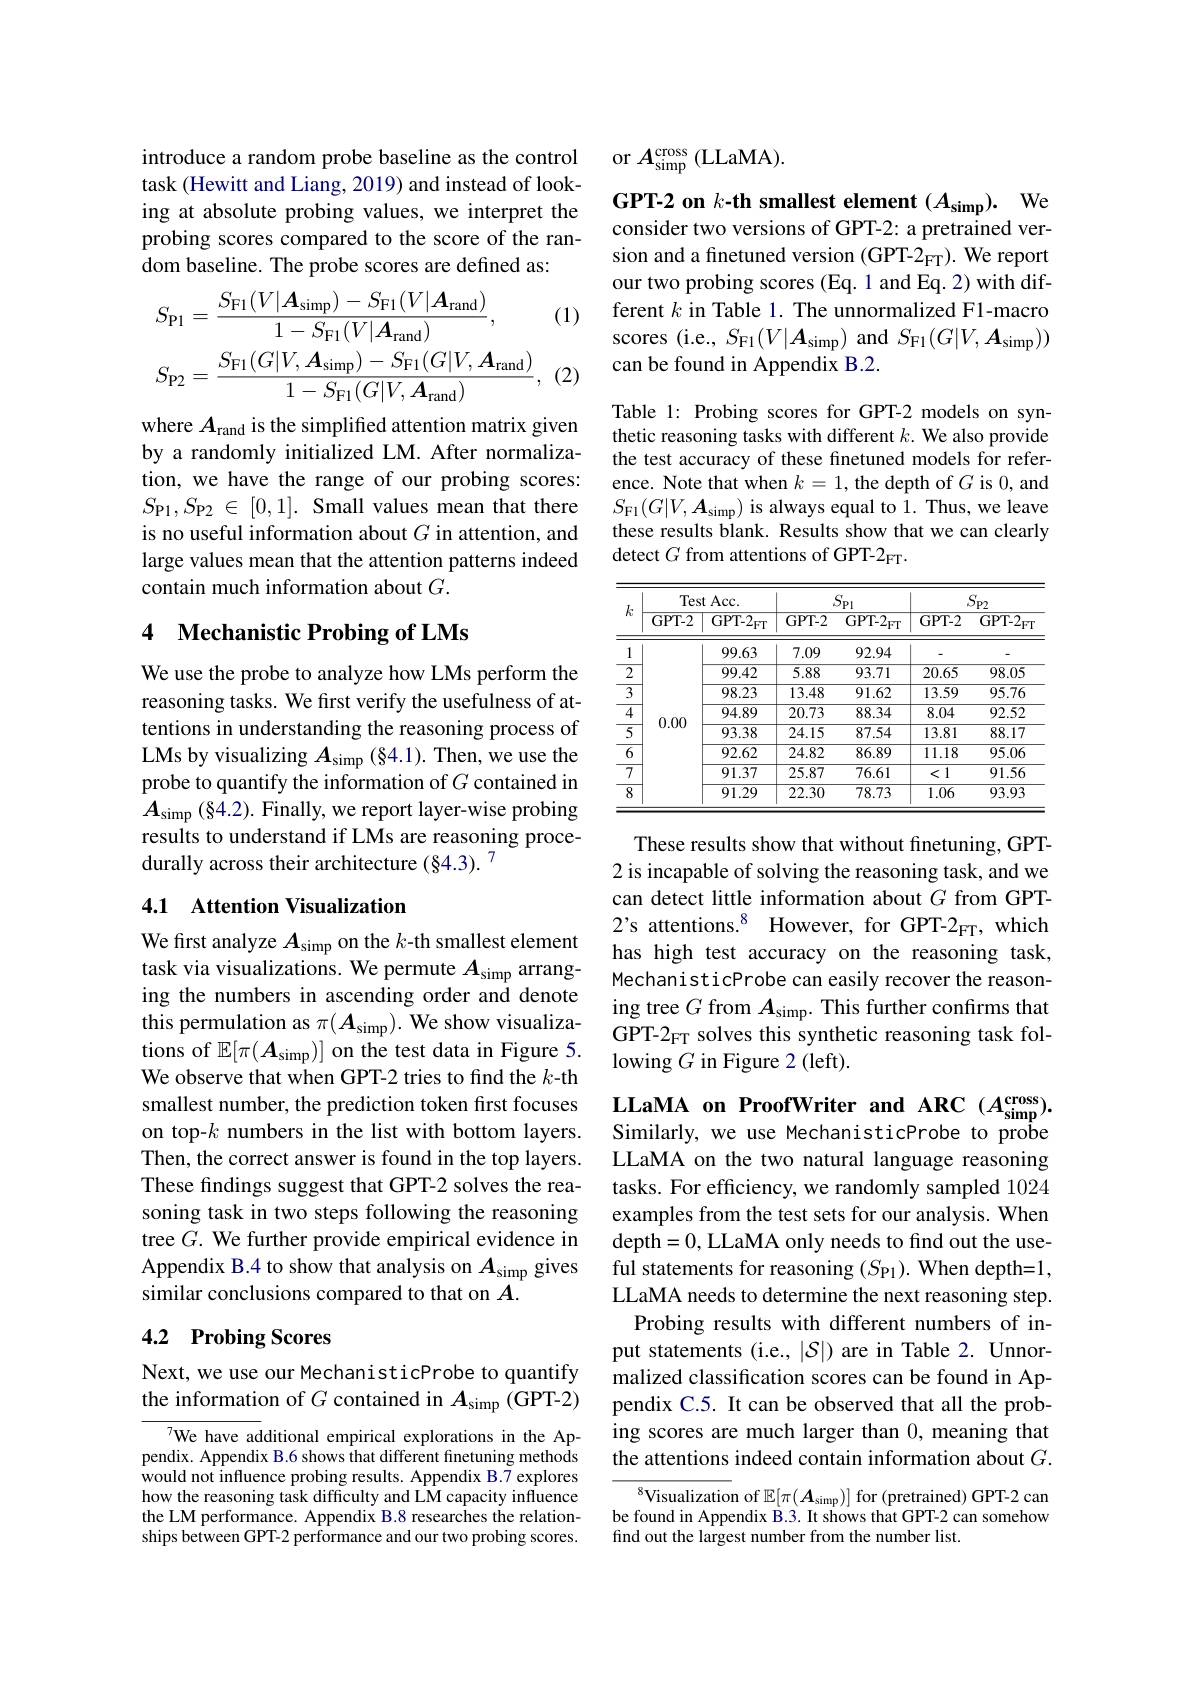
introduce a random probe baseline as the control task (Hewitt and Liang, 2019) and instead of looking at absolute probing values, we interpret the probing scores compared to the score of the random baseline. The probe scores are defined as:

(1)
$$\begin{aligned}&S_{\mathrm{P1}}=\frac{S_{\mathrm{F1}}(V|\boldsymbol{A}_{\mathrm{simp}})-S_{\mathrm{F1}}(V|\boldsymbol{A}_{\mathrm{rand}})}{1-S_{\mathrm{F1}}(V|\boldsymbol{A}_{\mathrm{rand}})},\\&S_{\mathrm{P2}}=\frac{S_{\mathrm{F1}}(G|V,\boldsymbol{A}_{\mathrm{simp}})-S_{\mathrm{F1}}(G|V,\boldsymbol{A}_{\mathrm{rand}})}{1-S_{\mathrm{F1}}(G|V,\boldsymbol{A}_{\mathrm{rand}})},\\\end{aligned}$$
(2)

where $A_\mathrm{rand}$ is the simplified attention matrix given by a randomly initialized LM. After normalization, we have the range of our probing scores: $S_{\mathrm{P1}}, S_{\mathrm{P2}}$ $\in$ [0,1]. Small values mean that there is no useful information about $G$ in attention, and large values mean that the attention patterns indeed contain much information about $G.$

## 4 Mechanistic Probing of LMs

We use the probe to analyze how LMs perform the reasoning tasks. We first verify the usefulness of attentions in understanding the reasoning process of LMs by visualizing $A_\mathrm{simp}(\S4.1).$ Then, we use the probe to quantify the information of $G$ contained in $A_{\mathrm{simp}}\left(\S4.2\right).$ Finally, we report layer-wise probing results to understand if LMs are reasoning procedurally across their architecture (§4.3). 7

## 4.1 Attention Visualization

We first analyze $A_\mathrm{simp}$ on the $k$-th smallest element task via visualizations. We permute $A_\mathrm{simp}$ arranging the numbers in ascending order and denote this permulation as $\pi(\boldsymbol{A}_{\mathrm{simp}}).$ We show visualizations of $\mathbb{E} [ \pi ( \boldsymbol{A}_{\mathrm{simp}}) ]$ on the test data in Figure 5. We observe that when GPT-2 tries to find the $k$-th smallest number, the prediction token first focuses on top-$k$ numbers in the list with bottom layers. Then, the correct answer is found in the top layers. These findings suggest that GPT-2 solves the reasoning task in two steps following the reasoning tree $G.$ We further provide empirical evidence in Appendix B.4 to show that analysis on $A_\mathrm{simp}$ gives similar conclusions compared to that on $A.$

## 4.2 Probing Scores

Next, we use our MechanisticProbe to quantify the information of $G$ contained in $A_\mathrm{simp}($GPT-2)

We have additional empirical explorations in the Appendix. Appendix B.6 shows that different finetuning methods would not influence probing results. Appendix B.7 explores how the reasoning task difficulty and LM capacity influence the LM performance. Appendix B.8 researches the relationships between GPT-2 performance and our two probing scores.

or $A_{\mathrm{simp}}^{\mathrm{cross}}$(LLaMA).

GPT-2 on $k\textbf{- th smallest element}( A_{\mathrm{simp}}) .$ We

consider two versions of GPT-2: a pretrained version and a finetuned version (GPT-2$_\mathrm{FT}).$ We report our two probing scores (Eq. 1 and Eq. 2) with different $k$ in Table 1. The unnormalized F1-macro scores (i.e., $S_{\mathrm{F1}}(V|\boldsymbol{A}_{\mathrm{simp}})$ and $S_{\mathrm{F1}}(G|V,\boldsymbol{A}_{\mathrm{simp}}))$ can be found in Appendix B.2.

Table 1: Probing scores for GPT-2 models on synthetic reasoning tasks with different $k.$ We also provide the test accuracy of these finetuned models for reference. Note that when $k=1$, the depth of $G$ is 0, and $S_{\mathrm{Fl}}(G|V,\boldsymbol{A}_{\mathrm{simp}})$ is always equal to 1. Thus, we leave these results blank. Results show that we can clearly detect $G$ from attentions of GPT-2$_\mathrm{FT}.$

<table>
	<tbody>
		<tr>
			<th rowspan="2">$k$</th>
			<th colspan="2">Test Acc.</th>
			<th colspan="2">$S_{\mathrm{Pl}}$</th>
			<th colspan="2">$S_{\mathrm{P2}}$</th>
		</tr>
		<tr>
			<th>GPT- 2</th>
			<th>$\overline{\mathrm{GPT-2_{FT}}}$</th>
			<th>GPT- 2</th>
			<th>$\overline{\mathrm{GPT-2_{FT}}}$</th>
			<th>GPT- 2</th>
			<th>$\overline{\mathrm{GPT-2}_{\mathrm{FT}}}$</th>
		</tr>
		<tr>
			<td>1</td>
			<td> </td>
			<td>99.63</td>
			<td>7.09</td>
			<td>92.94</td>
			<td>-</td>
			<td> </td>
		</tr>
		<tr>
			<td>$\overline{2}$</td>
			<td> </td>
			<td>99.42</td>
			<td>5.88</td>
			<td>93.71</td>
			<td>20.65</td>
			<td>98.05</td>
		</tr>
		<tr>
			<td>3</td>
			<td> </td>
			<td>98.23</td>
			<td>13.48</td>
			<td>91.62</td>
			<td>13.59</td>
			<td>95.76</td>
		</tr>
		<tr>
			<td>4</td>
			<td> </td>
			<td>94.89</td>
			<td>20.73</td>
			<td>88.34</td>
			<td>8.04</td>
			<td>92.52</td>
		</tr>
		<tr>
			<td>$\overline{5}$</td>
			<td>$U.UU$</td>
			<td>93.38</td>
			<td>24.15</td>
			<td>87.54</td>
			<td>13.81</td>
			<td>88.17</td>
		</tr>
		<tr>
			<td>6 1</td>
			<td> </td>
			<td>92.62</td>
			<td>24.82</td>
			<td>86.89</td>
			<td>11.18</td>
			<td>95.06</td>
		</tr>
		<tr>
			<td>7</td>
			<td> </td>
			<td>91.37</td>
			<td>25.87</td>
			<td>76.61</td>
			<td>$\overline{<1}$</td>
			<td>91.56</td>
		</tr>
		<tr>
			<td>$\overline{8}$</td>
			<td> </td>
			<td>91.29</td>
			<td>22.30</td>
			<td>78.73</td>
			<td>1.06</td>
			<td>93.93</td>
		</tr>
	</tbody>
</table>

These results show that without finetuning, GPT- 2 is incapable of solving the reasoning task, and we can detect little information about $G$ from GPT- 2's attentions.$^{8}$ However, for GPT-2$_\mathrm{FT}$, which has high test accuracy on the reasoning task, MechanisticProbe can easily recover the reasoning tree $G$ from $A_\mathrm{simp}.$ This further confirms that GPT-2_FT solves this synthetic reasoning task following $G$ in Figure 2 (left).

LLaMA on ProofWriter and ARC $(A_\mathrm{simp}^\mathrm{cross}).$ Similarly, we use MechanisticProbe to probe LLaMA on the two natural language reasoning tasks. For efficiency, we randomly sampled 1024 examples from the test sets for our analysis. When depth=0, LLaMA only needs to find out the useful statements for reasoning $(S_{\mathrm{P1}}).$ When depth=1, LLaMA needs to determine the next reasoning step. Probing results with different numbers of input statements (i.e., |S|) are in Table 2. Unnormalized classification scores can be found in Appendix C.5. It can be observed that all the probing scores are much larger than 0, meaning that the attentions indeed contain information about $G.$

$^{8}$Visualization of $\mathbb{E} [ \pi ( \boldsymbol{A}_{\mathrm{simp}}) ]$ for (pretrained) GPT-2 can be found in Appendix B.3. It shows that GPT-2 can somehow find out the largest number from the number list.